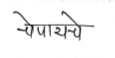
मजकूर: चेपायचे